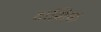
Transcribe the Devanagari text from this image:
दाभिक